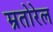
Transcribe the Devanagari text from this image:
म्रतोरेल